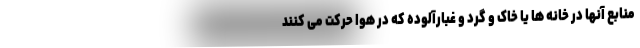
منابع آنها در خانه ها یا خاک و گرد و غبارآلوده که در هوا حرکت می کنند